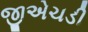
જીએચડી